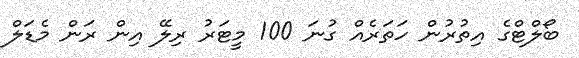
ބޯލްޓްގެ އިތުރުން ހަތަރެއް ގުނަ 100 މީޓަރު ރިލޭ އިން ރަން މެޑަލް